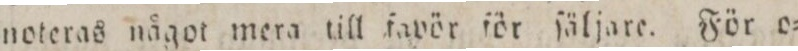
noteras något mera till favör för ſäljare. För o=